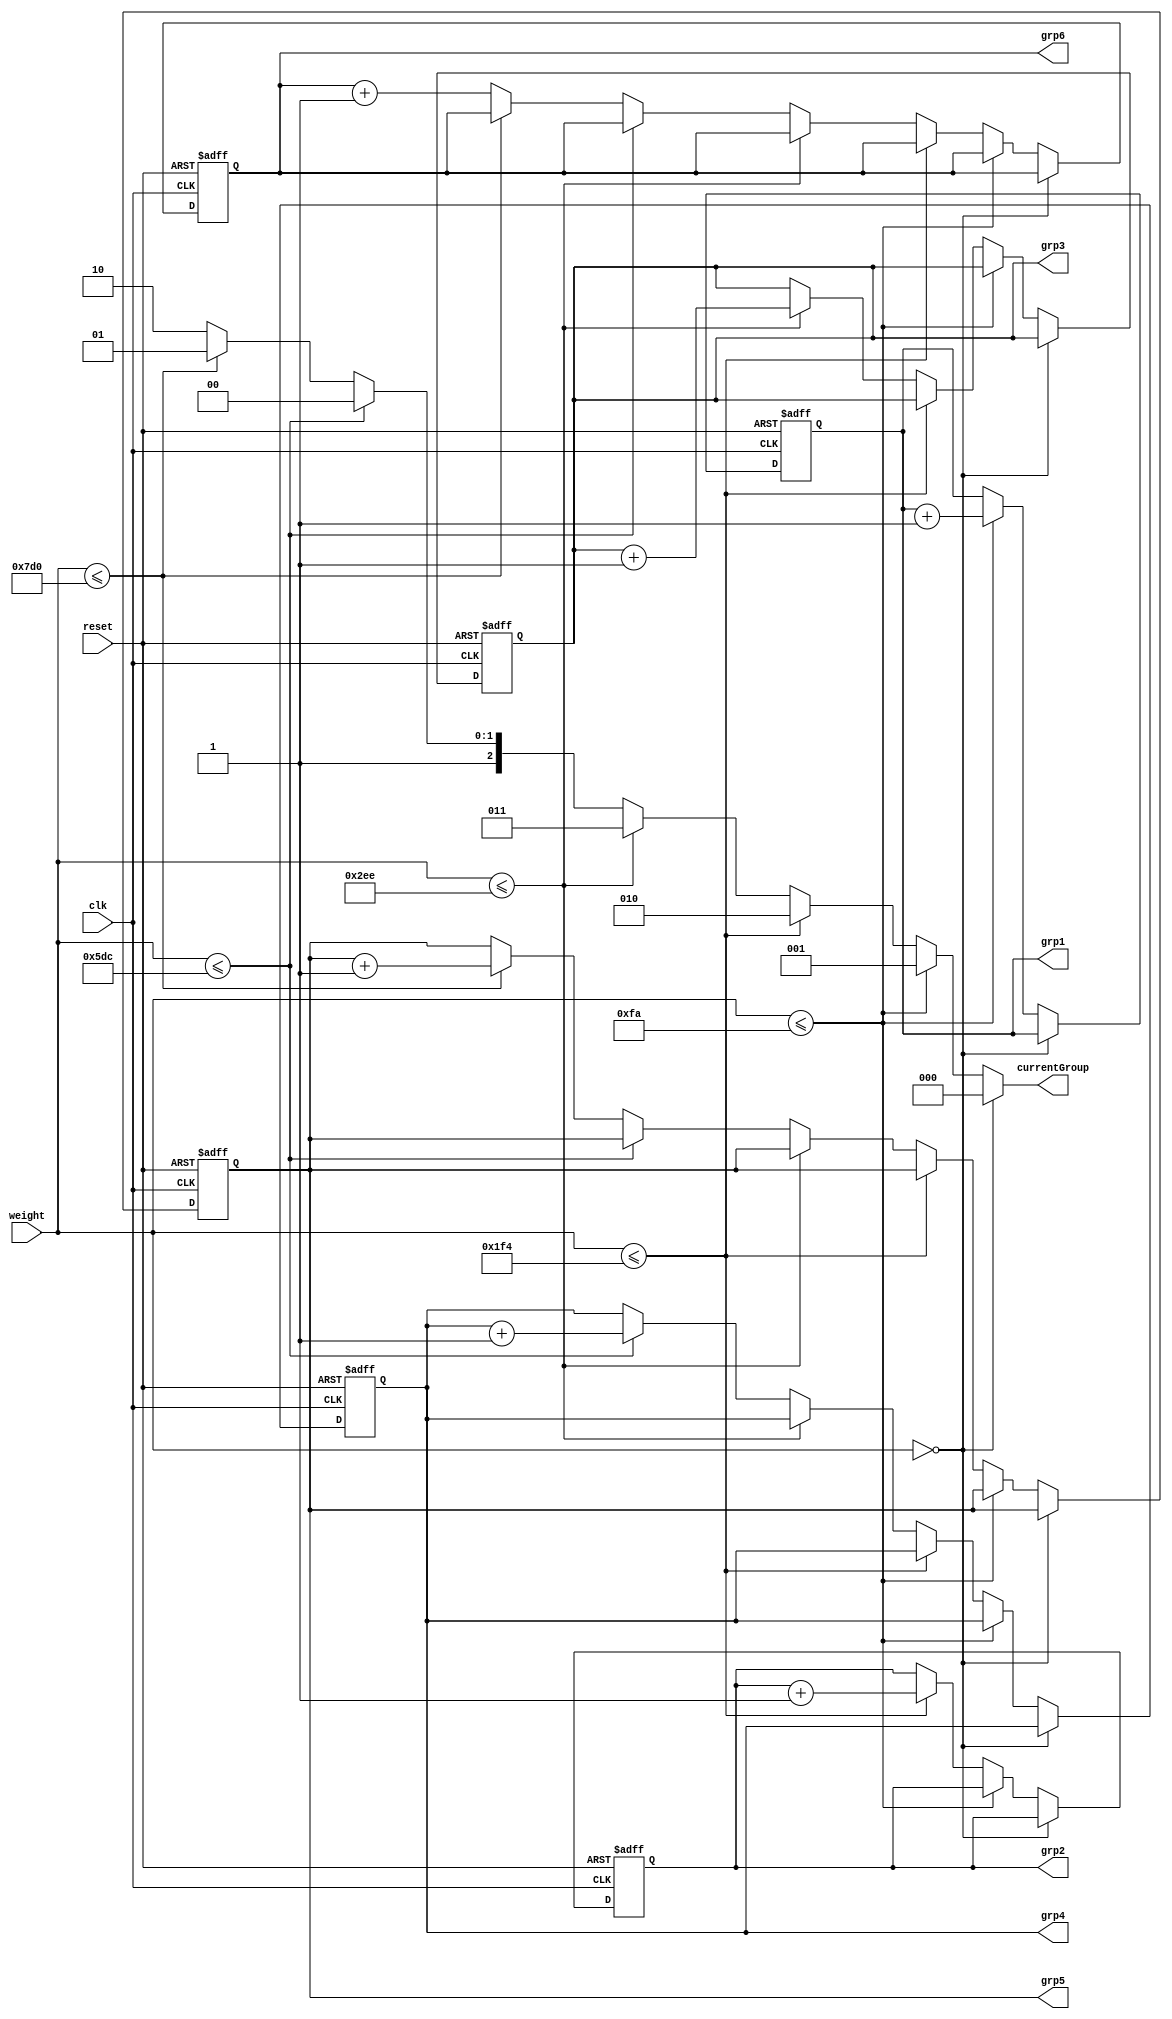
module packageSorter (weight, clk, reset, grp1, grp2, grp3, grp4, grp5, grp6, currentGroup); 
  
  input clk, reset; 
  input [11:0] weight; 
  
  output reg [7:0] grp1, grp2, grp3, grp4, grp5, grp6; 
  output reg [2:0] currentGroup;


  reg hasBeenWeighed; 


  initial 
  begin 
    currentGroup = 0; 
    hasBeenWeighed = 0;
    grp1 <= 0; 
    grp2 <= 0; 
    grp3 <= 0; 
    grp4 <= 0; 
    grp5 <= 0; 
    grp6 <= 0; 
  end 


  always @ (*)
  begin 
    if (weight == 0)
    begin
      currentGroup <= 0;
      hasBeenWeighed <= 0; 
    end
    else if (weight <= 250)
      currentGroup <= 1; 
    else if (weight <= 500)
      currentGroup <= 2; 
    else if (weight <= 750)
      currentGroup <= 3; 
    else if (weight <= 1500)
      currentGroup <= 4; 
    else if (weight <= 2000)
      currentGroup <= 5; 
    else 
      currentGroup <= 6; 
  end


  always @ (negedge clk, posedge reset)
  begin 
    if (reset == 1) // if (reset == 0) then do the rest of the block? 
    begin
      grp1 <= 0;
      grp2 <= 0; 
      grp3 <= 0; 
      grp4 <= 0; 
      grp5 <= 0; 
      grp6 <= 0; 
    end 
    else if (weight == 0)
      hasBeenWeighed <= 0; 
    else if (hasBeenWeighed == 0)
    begin
      hasBeenWeighed <= 1; 
      if (weight <= 250)
        grp1 <= grp1 + 1'b1; 
      else if (weight <= 500)
        grp2 <= grp2 + 1'b1;  
      else if (weight <= 750)
        grp3 <= grp3 + 1'b1;  
      else if (weight <= 1500)
        grp4 <= grp4 + 1'b1;  
      else if (weight <= 2000)
        grp5 <= grp5 + 1'b1;  
      else 
        grp6 <= grp6 + 1'b1;
    end
    else
    begin
      grp1 <= grp1; 
      grp2 <= grp2; 
      grp3 <= grp3; 
      grp4 <= grp4; 
      grp5 <= grp5; 
      grp6 <= grp6; 
    end
  end
endmodule